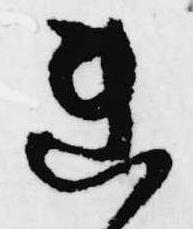
連